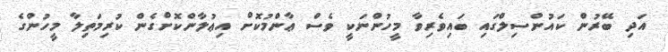
އަދި ބޭރުން ކައުންސިލްގައި ބައިވެރިވާ މީހުންނަކީ ވެސް ޢާންމުކޮށް އިޢުލާންކޮށްގެން ކުރިމަތިލާ މީހުންގެ